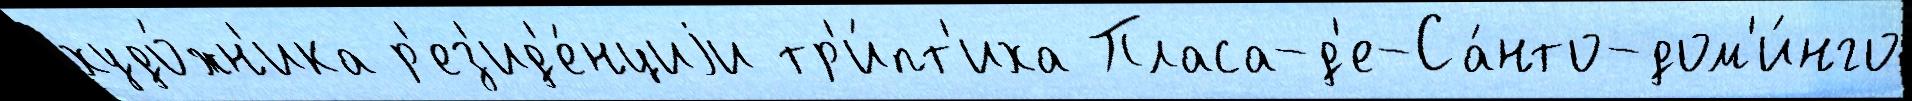
худо́жн'ика р'ез'ид'е́нциjи тр'и́пт'иха Пласа-д'е-Са́нто-дом'и́нго